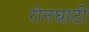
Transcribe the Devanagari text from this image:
रोनघाटी